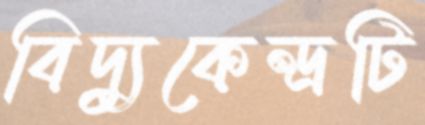
বিদ্যুকেন্দ্রটি